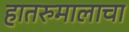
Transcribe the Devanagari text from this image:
हातरुमालाचा